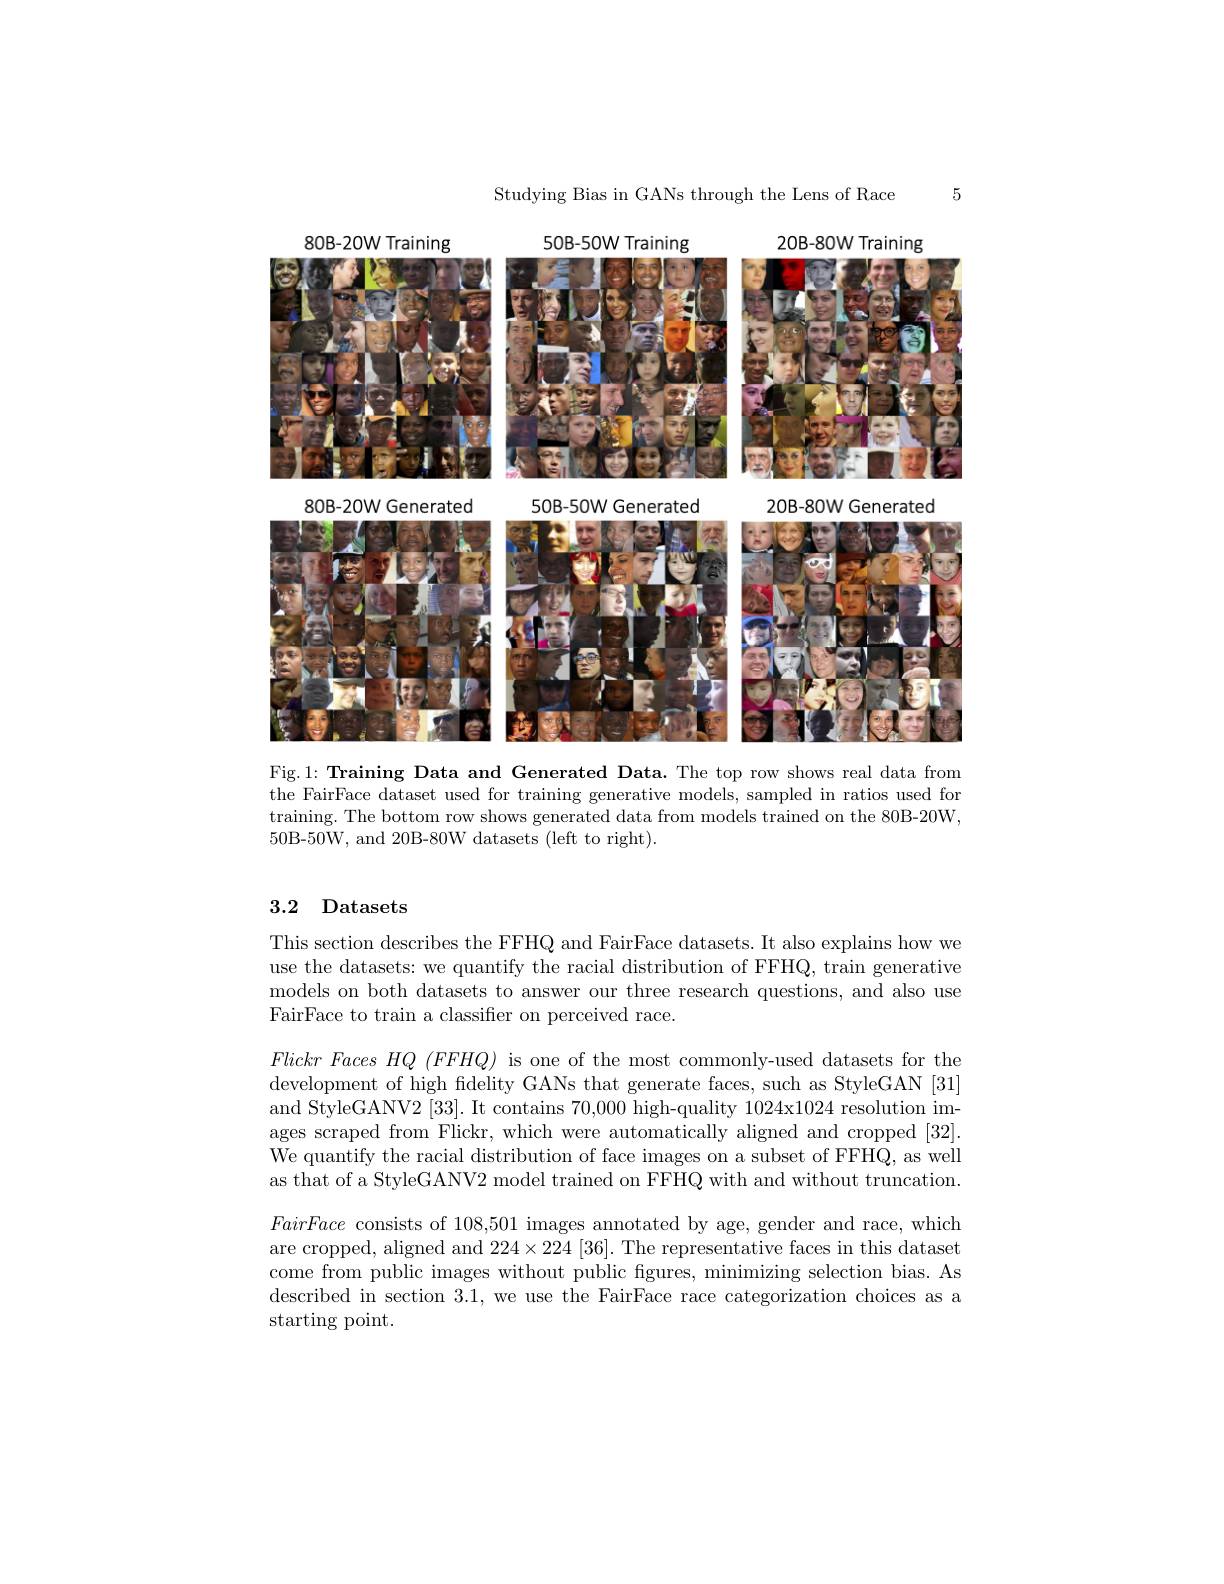
Studying Bias in GANs through the Lens of Race

5

<FigureHere>

Fig.1: Training Data and Generated Data. The top row shows real data from

the FairFace dataset used for training generative models, sampled in ratios used for training. The bottom row shows generated data from models trained on the 80B-20W, 50B-50W, and 20B-80W datasets (left to right).

## 3.2 Datasets

This section describes the FFHQ and FairFace datasets. It also explains how we use the datasets: we quantify the racial distribution of FFHQ, train generative models on both datasets to answer our three research questions, and also use FairFace to train a classifier on perceived race.

$FlickrFacesHQ~(FFHQ)~$is one of the most commonly-used datasets for the development of high fidelity GANs that generate faces, such as StyleGAN [31] and StyleGANV2 [33]. It contains 70,000 high-quality 1024x1024 resolution images scraped from Flickr, which were automatically aligned and cropped [32]. We quantify the racial distribution of face images on a subset of FFHQ, as well as that of a StyleGANV2 model trained on FFHQ with and without truncation. FairFace consists of 108,501 images annotated by age, gender and race, which are cropped, aligned and $224\times224[36].$ The representative faces in this dataset come from public images without public fgures, minimizing selection bias. As described in section 3.1, we use the FairFace race categorization choices as a starting point.